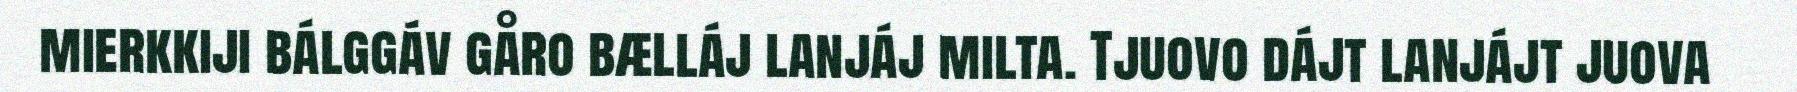
mierkkiji bálggáv gåro bælláj lanjáj milta. Tjuovo dájt lanjájt juova